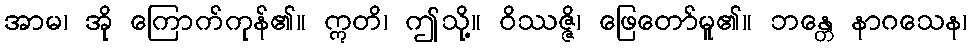
အာမ၊ အို ကြောက်ကုန်၏။ ဣတိ၊ ဤသို့။ ဝိဿဇ္ဇိ၊ ဖြေတော်မူ၏။ ဘန္တေ နာဂသေန၊